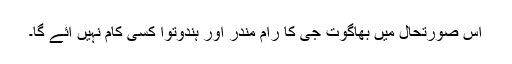
اس صورتحال میں بھاگوت جی کا رام مندر اور ہندوتوا کسی کام نہیں آئے گا۔